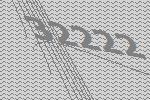
32222